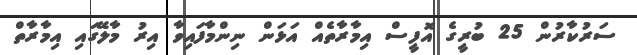
ސަރުކާރުން 25 ބުރީގެ އޮފީސް އިމާރާތެއް އަޅަން ނިންމާފައިވާ އިރު މާލޭގައި އިމާރާތް